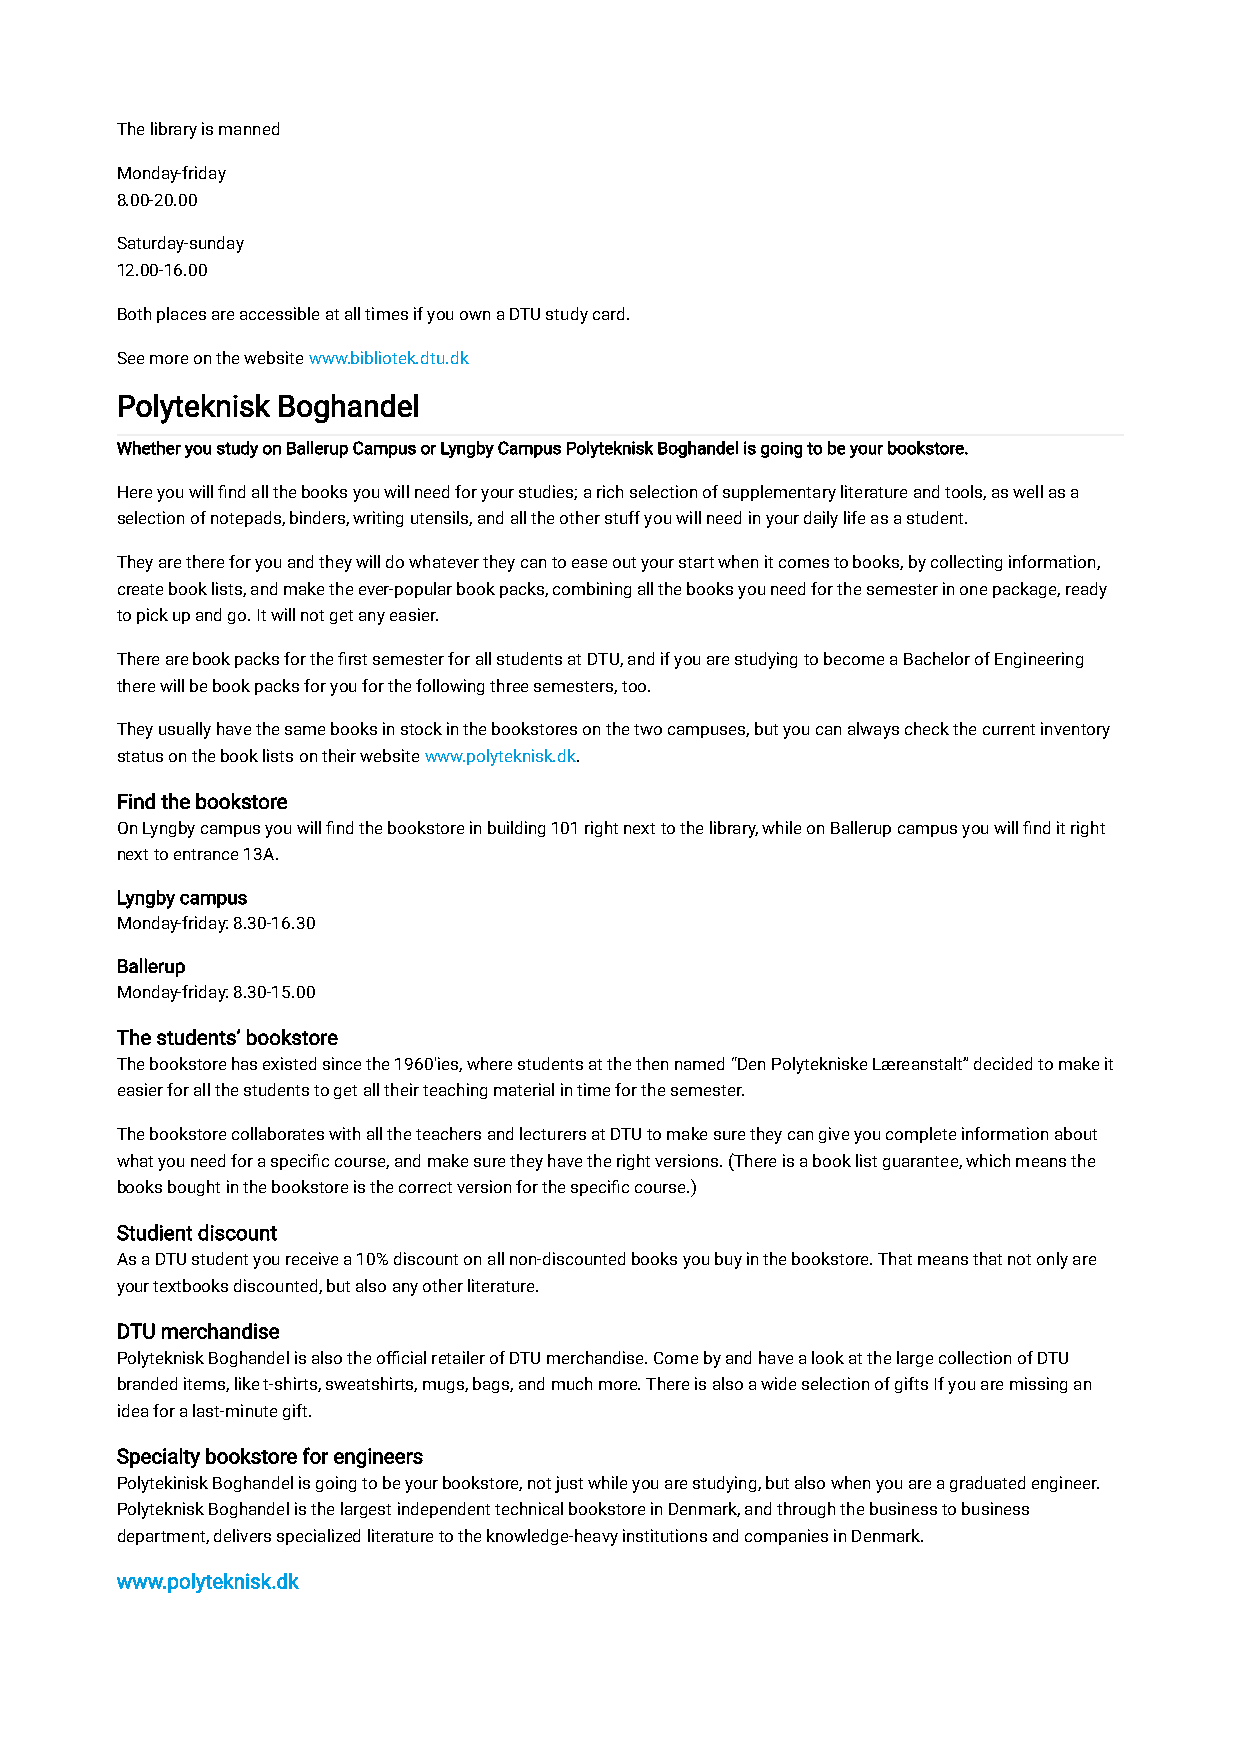
The library is manned
 Monday-friday
 8.00-20.00
 Saturday-sunday
 12.00-16.00
 Both places are accessible at all times if you own a DTU study card.
 See more on the website www.bibliotek.dtu.dk
 Polyteknisk Boghandel
 Whether you study on Ballerup Campus or Lyngby Campus Polyteknisk Boghandel is going to be your bookstore.
 Here you will find all the books you will need for your studies; a rich selection of supplementary literature and tools, as well as a
 selection of notepads, binders, writing utensils, and all the other stuff you will need in your daily life as a student.
 They are there for you and they will do whatever they can to ease out your start when it comes to books, by collecting information,
 create book lists, and make the ever-popular book packs, combining all the books you need for the semester in one package, ready
 to pick up and go. It will not get any easier.
 There are book packs for the first semester for all students at DTU, and if you are studying to become a Bachelor of Engineering
 there will be book packs for you for the following three semesters, too.
 They usually have the same books in stock in the bookstores on the two campuses, but you can always check the current inventory
 status on the book lists on their website www.polyteknisk.dk.
 Find the bookstore
 On Lyngby campus you will find the bookstore in building 101 right next to the library, while on Ballerup campus you will find it right
 next to entrance 13A.
 Lyngby campus
 Monday-friday: 8.30-16.30
 Ballerup
 Monday-friday: 8.30-15.00
 The students’ bookstore
 The bookstore has existed since the 1960'ies, where students at the then named “Den Polytekniske Læreanstalt” decided to make it
 easier for all the students to get all their teaching material in time for the semester.
 The bookstore collaborates with all the teachers and lecturers at DTU to make sure they can give you complete information about
 what you need for a specific course, and make sure they have the right versions. (There is a book list guarantee, which means the
 books bought in the bookstore is the correct version for the specific course.)
 Studient discount
 As a DTU student you receive a 10% discount on all non-discounted books you buy in the bookstore. That means that not only are
 your textbooks discounted, but also any other literature.
 DTU merchandise
 Polyteknisk Boghandel is also the official retailer of DTU merchandise. Come by and have a look at the large collection of DTU
 branded items, like t-shirts, sweatshirts, mugs, bags, and much more. There is also a wide selection of gifts If you are missing an
 idea for a last-minute gift.
 Specialty bookstore for engineers
 Polytekinisk Boghandel is going to be your bookstore, not just while you are studying, but also when you are a graduated engineer.
 Polyteknisk Boghandel is the largest independent technical bookstore in Denmark, and through the business to business
 department, delivers specialized literature to the knowledge-heavy institutions and companies in Denmark.
 www.polyteknisk.dk